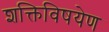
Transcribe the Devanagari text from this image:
शक्तिविषयेण